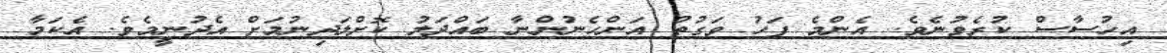
އިހުސާސް ކުރެވުނެވެ. އެންމެ ފަހު ވަގުތު އަންހެނުންނާ ބައްދަލު ކޮށްލަދިނުމަށް އެދުނީމެވެ. އެކަމާ